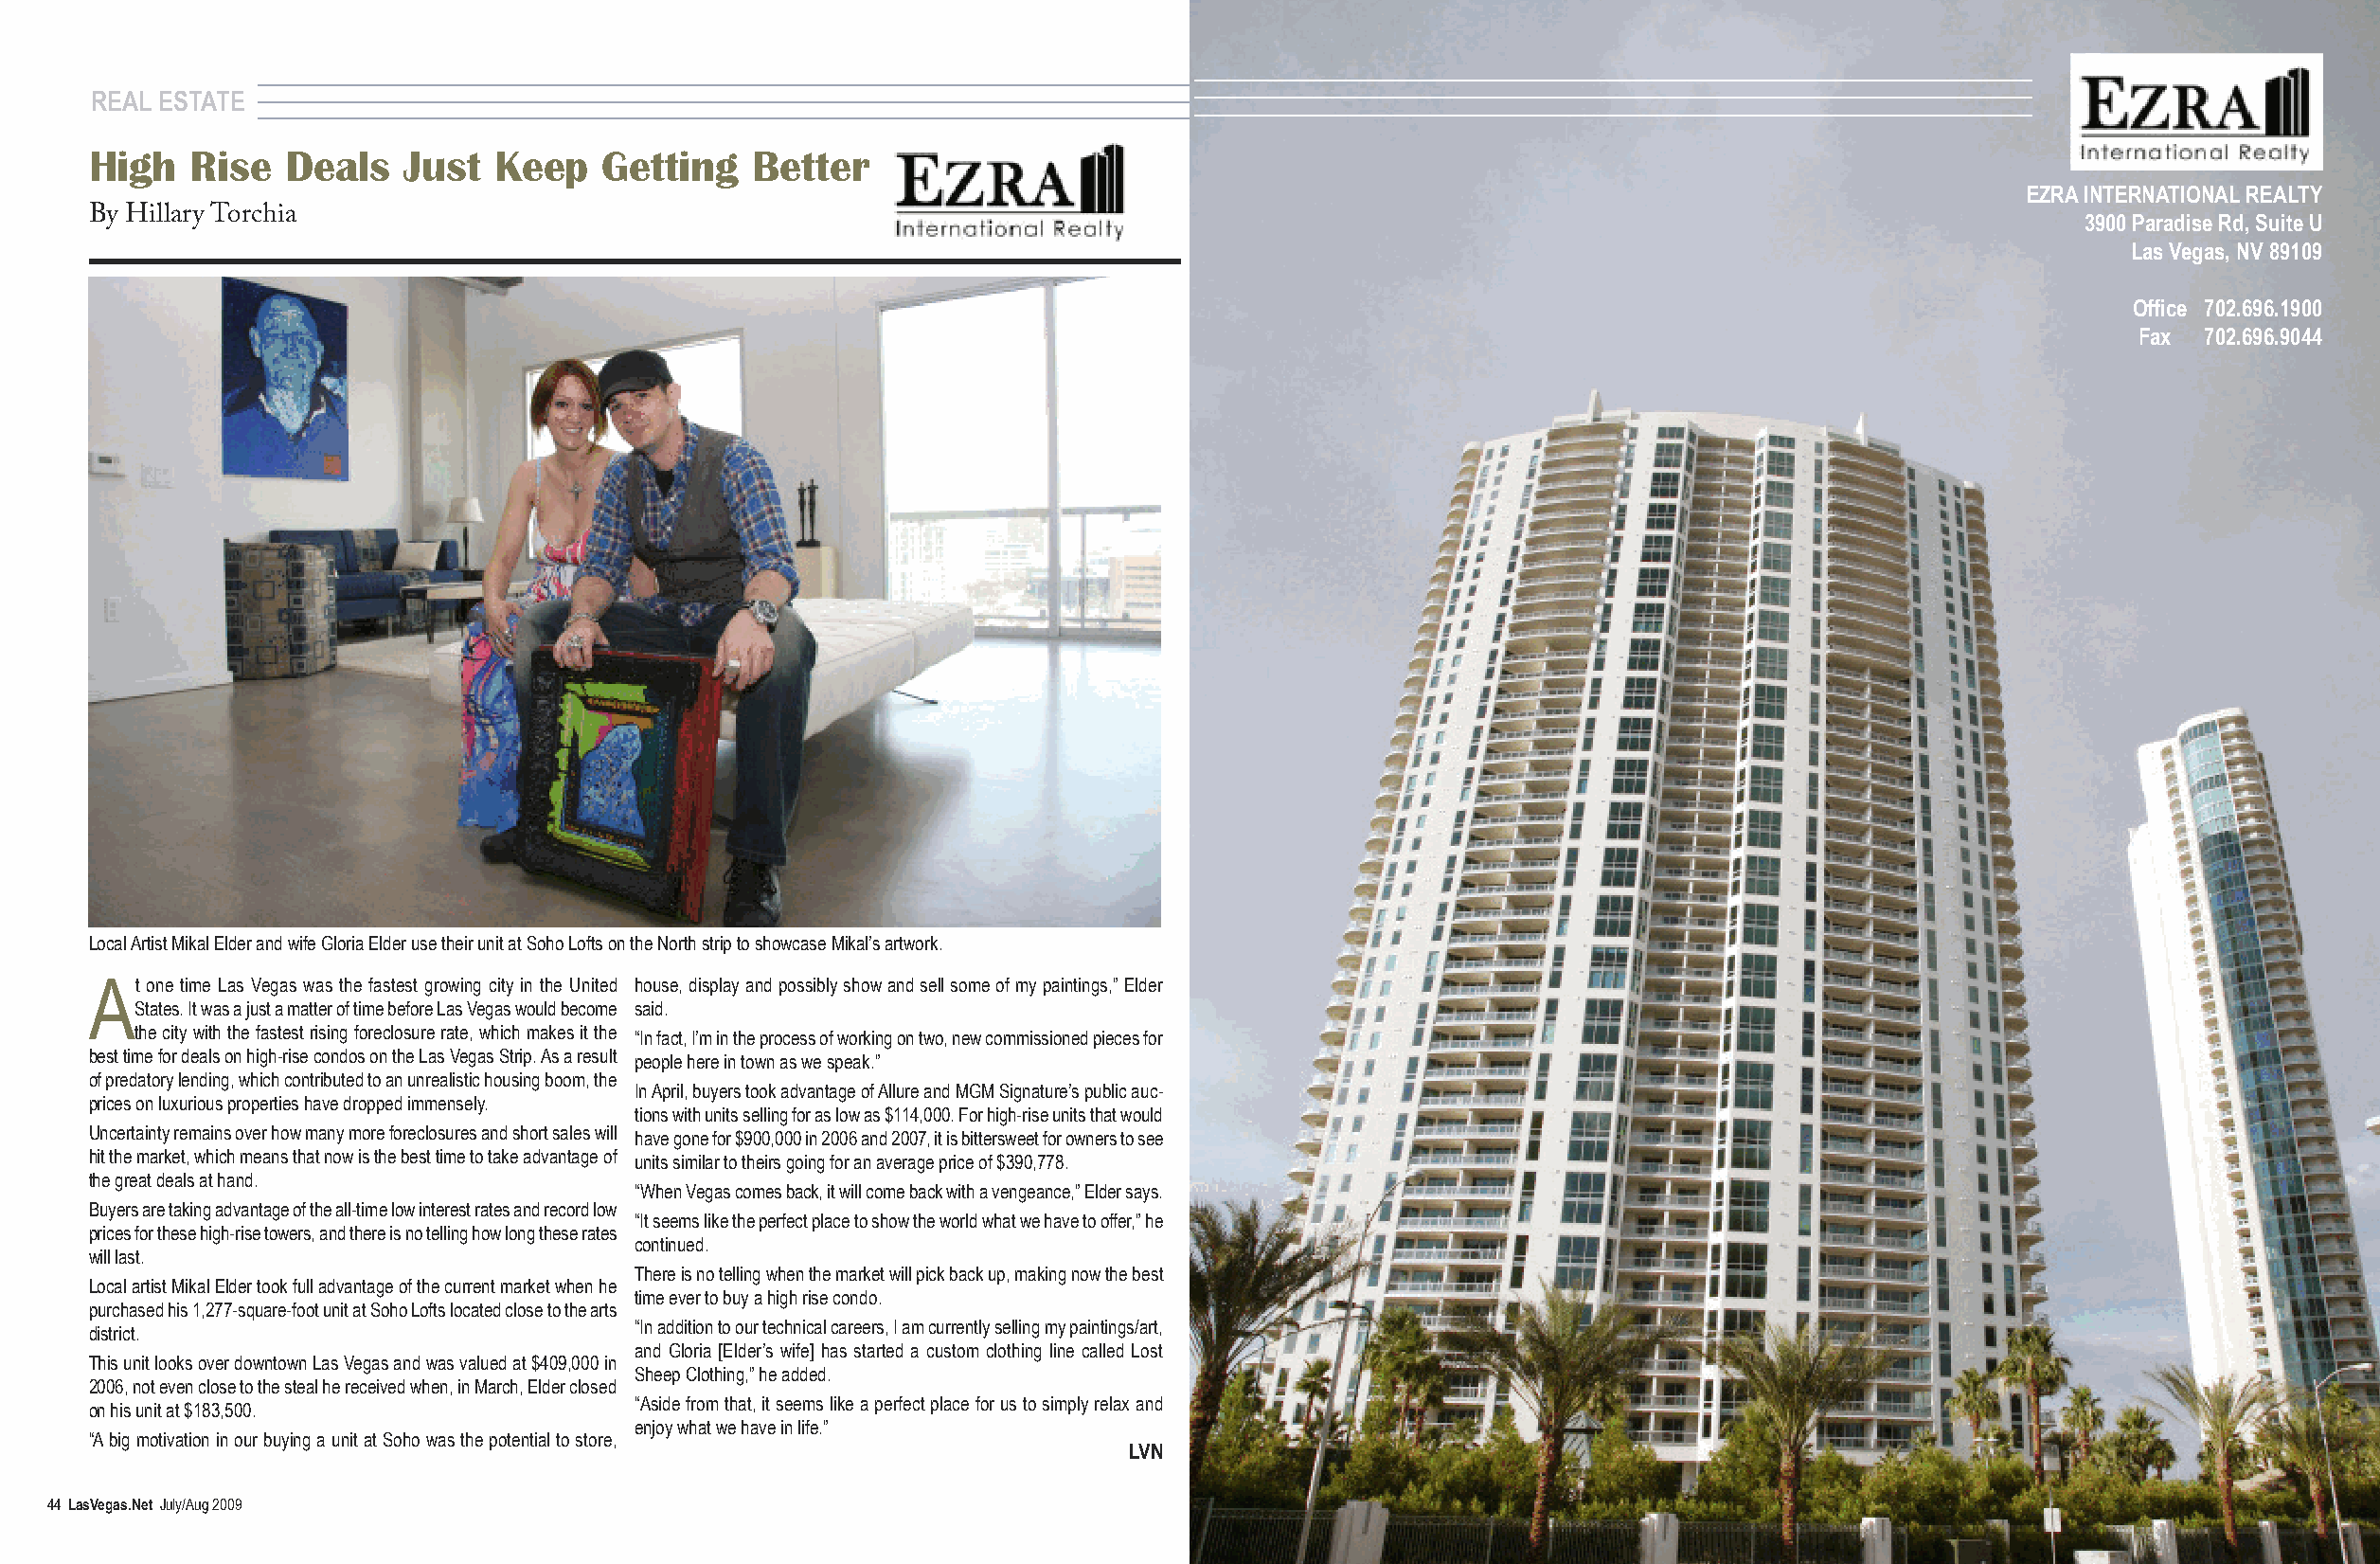
REAL ESTATE
 High   Rise   Deals   Just   Keep   Getting    Better
 EZRA INTERNATIONAL REALTY
 By Hillary Torchia
 3900 Paradise Rd, Suite U
 Las Vegas, NV 89109
 Office 702.696.1900
 Fax  702.696.9044
 Local Artist Mikal Elder and wife Gloria Elder use their unit at Soho Lofts on the North strip to showcase Mikal’s artwork.
 At  one time Las Vegas was the fastest growing city in the United house, display and possibly show and sell some of my paintings,” Elder
 States. It was a just a matter of time before Las Vegas would become said.
 the city with the fastest rising foreclosure rate, which makes it the “In fact, I’m in the process of working on two, new commissioned pieces for
 best time for deals on high-rise condos on the Las Vegas Strip. As a result people here in town as we speak.”
 of predatory lending, which contributed to an unrealistic housing boom, the
 In April, buyers took advantage of Allure and MGM Signature’s public auc-
 prices on luxurious properties have dropped immensely.
 tions with units selling for as low as $114,000. For high-rise units that would
 Uncertainty remains over how many more foreclosures and short sales will have gone for $900,000 in 2006 and 2007, it is bittersweet for owners to see
 hit the market, which means that now is the best time to take advantage of units similar to theirs going for an average price of $390,778.
 the great deals at hand.
 “When Vegas comes back, it will come back with a vengeance,” Elder says.
 Buyers are taking advantage of the all-time low interest rates and record low
 “It seems like the perfect place to show the world what we have to offer,” he
 prices for these high-rise towers, and there is no telling how long these rates
 continued.
 will last.
 There is no telling when the market will pick back up, making now the best
 Local artist Mikal Elder took full advantage of the current market when he
 time ever to buy a high rise condo.
 purchased his 1,277-square-foot unit at Soho Lofts located close to the arts
 “In addition to our technical careers, I am currently selling my paintings/art,
 district.
 and Gloria [Elder’s wife] has started a custom clothing line called Lost
 This unit looks over downtown Las Vegas and was valued at $409,000 in
 Sheep Clothing,” he added.
 2006, not even close to the steal he received when, in March, Elder closed
 “Aside from that, it seems like a perfect place for us to simply relax and
 on his unit at $183,500.
 enjoy what we have in life.”
 “A big motivation in our buying a unit at Soho was the potential to store,
 LVN
 44 LasVegas.Net July/Aug 2009